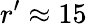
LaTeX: r^{\prime}\approx 15